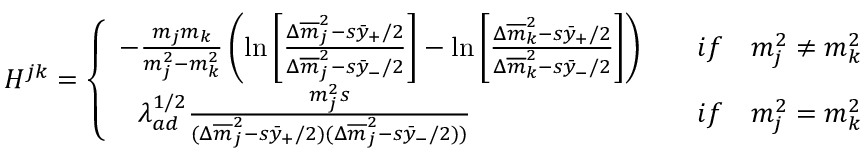
H ^ { j k } = \left\{ \begin{array} { l l } { { - { \frac { m _ { j } m _ { k } } { m _ { j } ^ { 2 } - m _ { k } ^ { 2 } } } \left( \ln \left[ { \frac { \Delta { \overline { { m } } } _ { j } ^ { 2 } - s \bar { y } _ { + } / 2 } { \Delta { \overline { { m } } } _ { j } ^ { 2 } - s \bar { y } _ { - } / 2 } } \right] - \ln \left[ { \frac { \Delta { \overline { { m } } } _ { k } ^ { 2 } - s \bar { y } _ { + } / 2 } { \Delta { \overline { { m } } } _ { k } ^ { 2 } - s \bar { y } _ { - } / 2 } } \right] \right) } } & { { \quad i f \quad m _ { j } ^ { 2 } \ne m _ { k } ^ { 2 } } } \\ { { \, \, \, \, \lambda _ { a d } ^ { 1 / 2 } { \frac { m _ { j } ^ { 2 } s } { ( \Delta { \overline { { m } } } _ { j } ^ { 2 } - s \bar { y } _ { + } / 2 ) ( \Delta { \overline { { m } } } _ { j } ^ { 2 } - s \bar { y } _ { - } / 2 ) ) } } } } & { { \quad i f \quad m _ { j } ^ { 2 } = m _ { k } ^ { 2 } } } \end{array} \right.